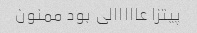
پیتزا عااااالی بود ممنون